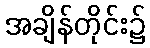
အချိန်တိုင်း၌